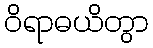
ဝိရာဓယိတွာ